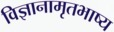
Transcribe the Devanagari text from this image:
विज्ञानामृतभाष्य